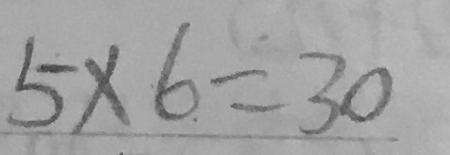
5 \times 6 = 3 0